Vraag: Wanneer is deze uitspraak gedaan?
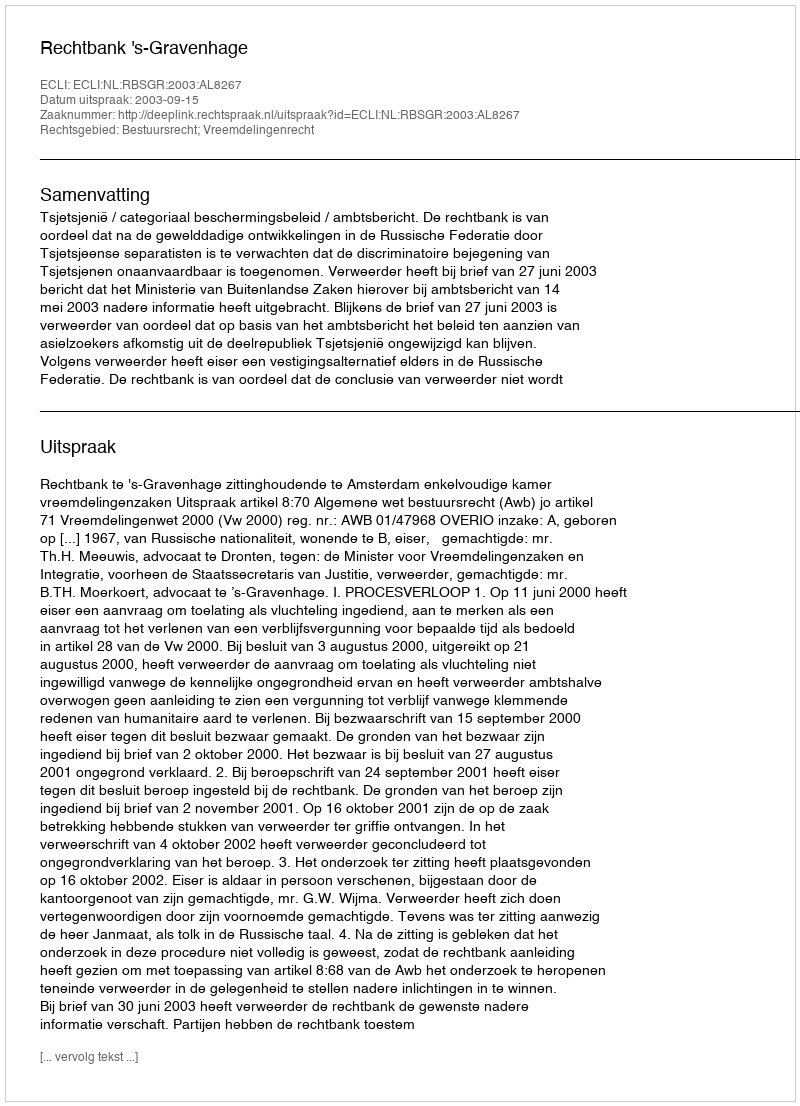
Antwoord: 2003-09-15